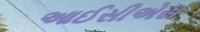
આઈસીએસ